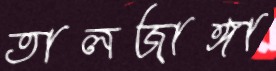
তালজাঙ্গা